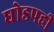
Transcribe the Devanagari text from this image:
धोडपही